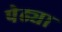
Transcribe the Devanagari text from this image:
पेढ्या